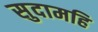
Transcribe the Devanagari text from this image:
सुदामहि